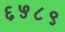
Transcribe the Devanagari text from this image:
६५८९